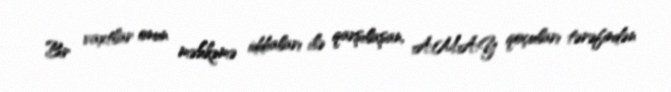
Bir vaxtlar onun məhkəmə iddiaları ilə qarşılaşan, A.M.A.Y qoçuları tərəfindən